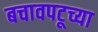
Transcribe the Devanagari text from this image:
बचावपटूच्या